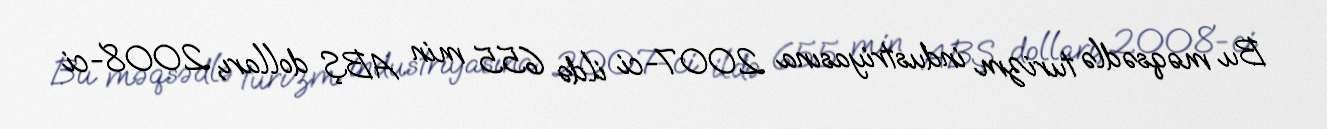
Bu məqsədlə turizm industriyasına 2007-ci ildə 655 min ABŞ dolları, 2008-ci